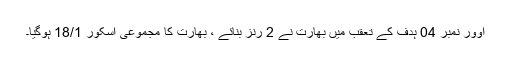
اوور نمبر 04 ہدف کے تعقب میں بھارت نے 2 رنز بنائے ، بھارت کا مجموعی اسکور 18/1 ہوگیا۔